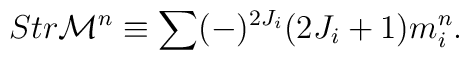
Str {\cal M}^{n} \equiv \sum (-)^{2 J_{i}} (2 J_{i} + 1) m_{i}^{n}.